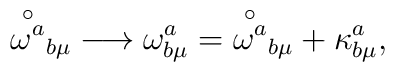
{\stackrel{\circ}{\omega^a}}_{b\mu}\longrightarrow \omega^a_{b \mu} = {\stackrel{\circ}{\omega^a}}_{b\mu} + \kappa^a_{b \mu},